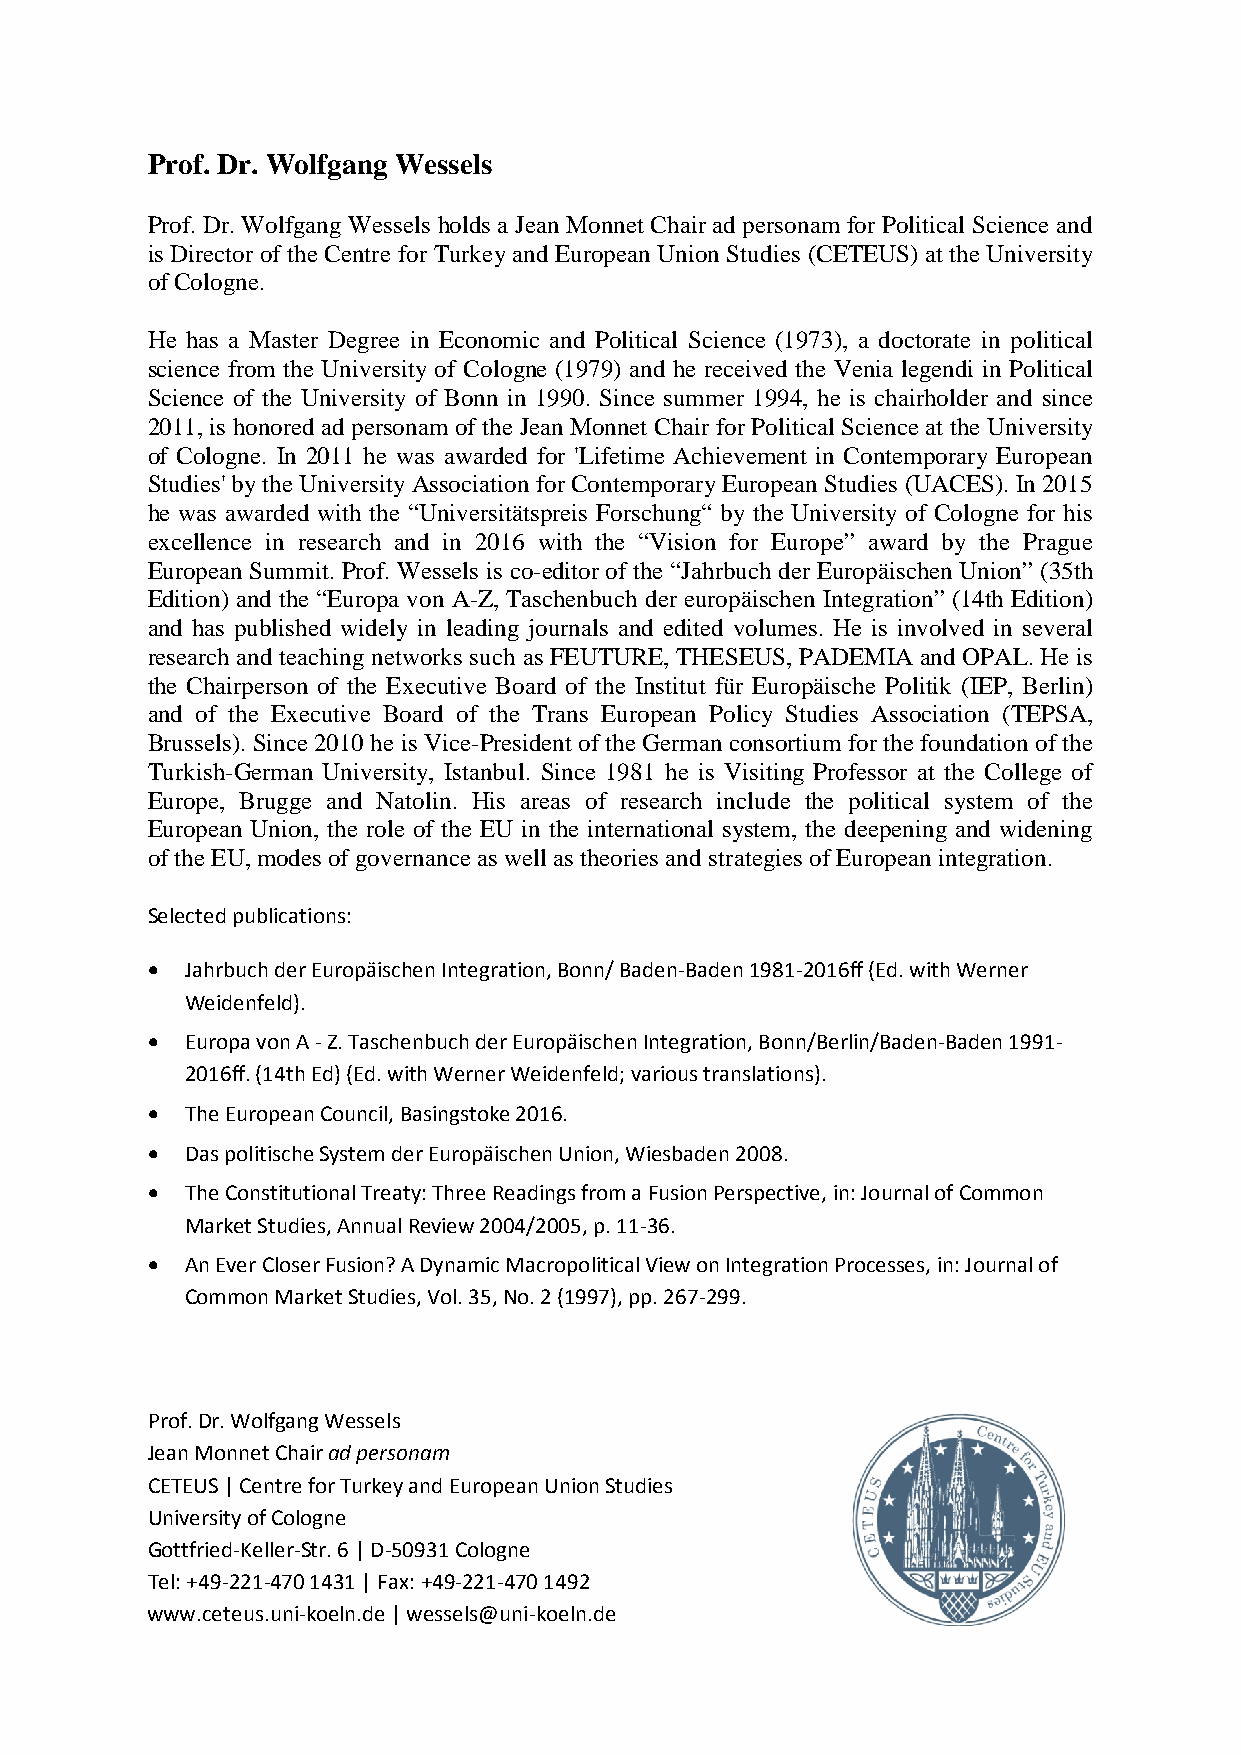
Prof. Dr. Wolfgang Wessels
 Prof. Dr. Wolfgang Wessels holds a Jean Monnet Chair ad personam for Political Science and
 is Director of the Centre for Turkey and European Union Studies (CETEUS) at the University
 of Cologne.
 He has a Master Degree in Economic and Political Science (1973), a doctorate in political
 science from the University of Cologne (1979) and he received the Venia legendi in Political
 Science of the University of Bonn in 1990. Since summer 1994, he is chairholder and since
 2011, is honored ad personam of the Jean Monnet Chair for Political Science at the University
 of Cologne. In 2011 he was awarded for 'Lifetime Achievement in Contemporary European
 Studies' by the University Association for Contemporary European Studies (UACES). In 2015
 he was awarded with the “Universitätspreis Forschung“ by the University of Cologne for his
 excellence in research and in 2016 with the “Vision for Europe” award by the Prague
 European Summit. Prof. Wessels is co-editor of the “Jahrbuch der Europäischen Union” (35th
 Edition) and the “Europa von A-Z, Taschenbuch der europäischen Integration” (14th Edition)
 and has published widely in leading journals and edited volumes. He is involved in several
 research and teaching networks such as FEUTURE, THESEUS, PADEMIA and OPAL. He is
 the Chairperson of the Executive Board of the Institut für Europäische Politik (IEP, Berlin)
 and of the Executive Board of the Trans European Policy Studies Association (TEPSA,
 Brussels). Since 2010 he is Vice-President of the German consortium for the foundation of the
 Turkish-German University, Istanbul. Since 1981 he is Visiting Professor at the College of
 Europe, Brugge and Natolin. His areas of research include the political system of the
 European Union, the role of the EU in the international system, the deepening and widening
 of the EU, modes of governance as well as theories and strategies of European integration.
 Selected publications:
 • Jahrbuch der Europäischen Integration, Bonn/ Baden-Baden 1981-2016ff (Ed. with Werner
 Weidenfeld).
 • Europa von A - Z. Taschenbuch der Europäischen Integration, Bonn/Berlin/Baden-Baden 1991-
 2016ff. (14th Ed) (Ed. with Werner Weidenfeld; various translations).
 • The European Council, Basingstoke 2016.
 • Das politische System der Europäischen Union, Wiesbaden 2008.
 • The Constitutional Treaty: Three Readings from a Fusion Perspective, in: Journal of Common
 Market Studies, Annual Review 2004/2005, p. 11-36.
 • An Ever Closer Fusion? A Dynamic Macropolitical View on Integration Processes, in: Journal of
 Common Market Studies, Vol. 35, No. 2 (1997), pp. 267-299.
 Prof. Dr. Wolfgang Wessels
 Jean Monnet Chair ad personam
 CETEUS | Centre for Turkey and European Union Studies
 University of Cologne
 Gottfried-Keller-Str. 6 | D-50931 Cologne
 Tel: +49-221-470 1431 | Fax: +49-221-470 1492
 www.ceteus.uni-koeln.de | wessels@uni-koeln.de